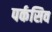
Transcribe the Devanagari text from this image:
पर्कसिव